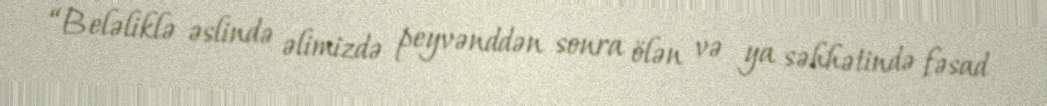
“Beləliklə əslində əlimizdə peyvənddən sonra ölən və ya səhhətində fəsad